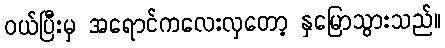
ဝယ်ပြီးမှ အရောင်ကလေးလှတော့ နှမြောသွားသည်။